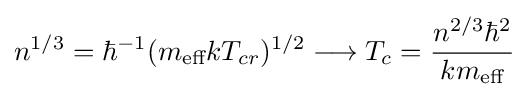
n^{1/3}=\hbar ^{-1}(m_{\text{eff}}kT_{cr})^{1/2}\longrightarrow T_{c}={\frac {n^{2/3}\hbar ^{2}}{km_{\text{eff}}}}